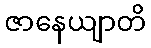
ဇာနေယျာတိ